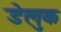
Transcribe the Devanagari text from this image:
डेलुक